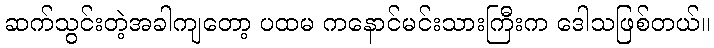
ဆက်သွင်းတဲ့အခါကျတော့ ပထမ ကနောင်မင်းသားကြီးက ဒေါသဖြစ်တယ်။